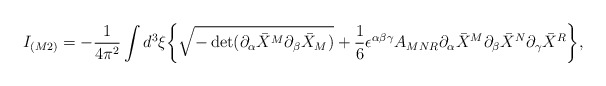
\begin{align*}I_{(M2)} = -{1\over 4\pi^2}\int d^3\xi \bigg\{\sqrt{-\det (\partial_\alpha {\bar X}^M \partial_\beta {\bar X}_M)}+{1\over 6}\epsilon^{\alpha\beta\gamma}A_{MNR} \partial_\alpha {\bar X}^M \partial_\beta {\bar X}^N \partial_\gamma {\bar X}^R\bigg\},\end{align*}